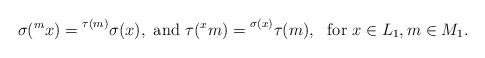
LaTeX: \begin{align*} \sigma(\prescript{m}{}{x})=\prescript{\tau(m)}{}{\sigma(x)},~ \mbox{and}~ \tau(\prescript{x}{}{m})=\prescript{ \sigma(x)}{}{\tau(m)}, ~~\mbox{for}~x\in L_1, m\in M_1. \end{align*}